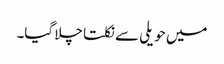
میں حویلی سے نکلتا چلا گیا۔